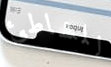
للشاطئ